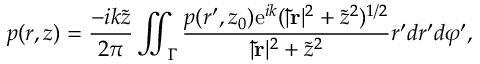
p ( r , z ) = \frac { - i k \tilde { z } } { 2 \pi } \iint _ { \Gamma } \frac { p ( r ^ { \prime } , z _ { 0 } ) \mathrm { e } ^ { i k } ( | \mathbf { \tilde { r } } | ^ { 2 } + \tilde { z } ^ { 2 } ) ^ { 1 / 2 } } { | \mathbf { \tilde { r } } | ^ { 2 } + \tilde { z } ^ { 2 } } r ^ { \prime } d r ^ { \prime } d \varphi ^ { \prime } ,